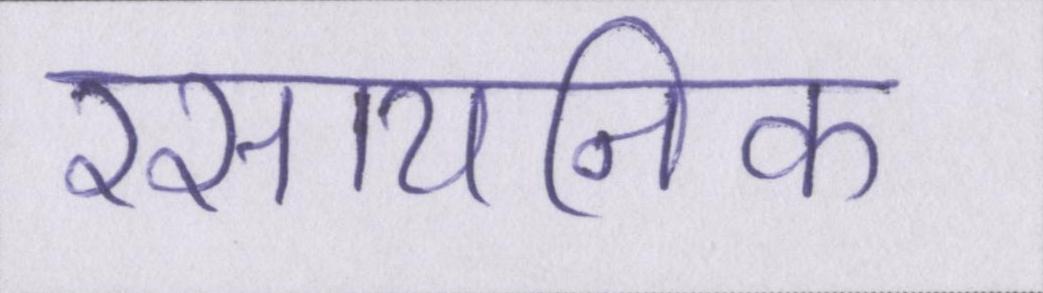
रसायनिक